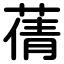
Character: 蒨